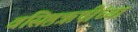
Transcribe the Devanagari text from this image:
वसिष्ठऋषींच्या